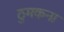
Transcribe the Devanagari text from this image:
ठुमकना